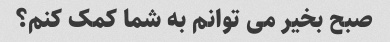
صبح بخیر می توانم به شما کمک کنم؟